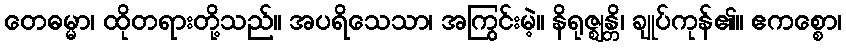
တေဓမ္မာ၊ ထိုတရားတို့သည်။ အပရိသေသာ၊ အကြွင်းမဲ့။ နိရုဇ္ဈန္တိ၊ ချုပ်ကုန်၏။ ဧကစ္စော၊